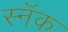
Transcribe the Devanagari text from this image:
स्नॅक